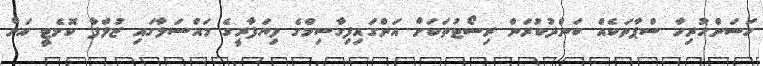
ހަސަންހުރިހާ ސްޕާތަކެއް ބަންދުކުރަން ރިސޯޓުތަކަށް އަންގައިފިގާސިމްގެ ވިޔަފާރީގެ މައްސަލާގައި ޒުލްފާ ކޮމެޓީ އަށް